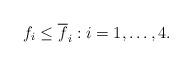
LaTeX: \begin{align*} f_i\leq \overline{f}_i:i=1,\ldots,4.\end{align*}